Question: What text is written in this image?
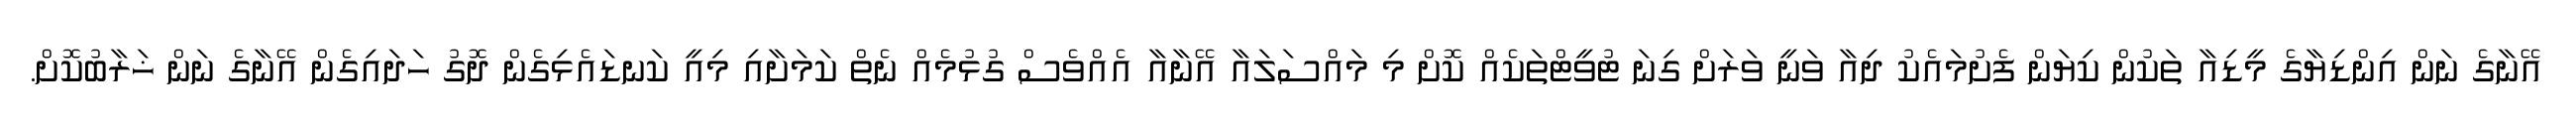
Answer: އޭނާގެ ނަން އިންޑިޔާގެ މީޑިއާ ތަކުން ކިޔަން ފެށުމައެކު ދިއާ ވަނީ ވަރަށް ގިނަ ޓުވީޓްތަކެއް ކޮށް މި މައްސަލައާ އޭނާއާ އެއްވެސް ގުޅުމެއް ނެތް ކަމަށާއި މިއީ ކަނޑައެޅިގެން ދޮގު ހަދައިގެން އޭނާގެ ނަން ޚަރާބުކޮށް.